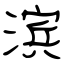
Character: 滨